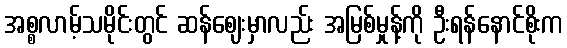
အစ္စလာမ့်သမိုင်းတွင် ဆန်ဈေးမှာလည်း အမြစ်မှုန့်ကို ဦးရန်နောင်စိုးက